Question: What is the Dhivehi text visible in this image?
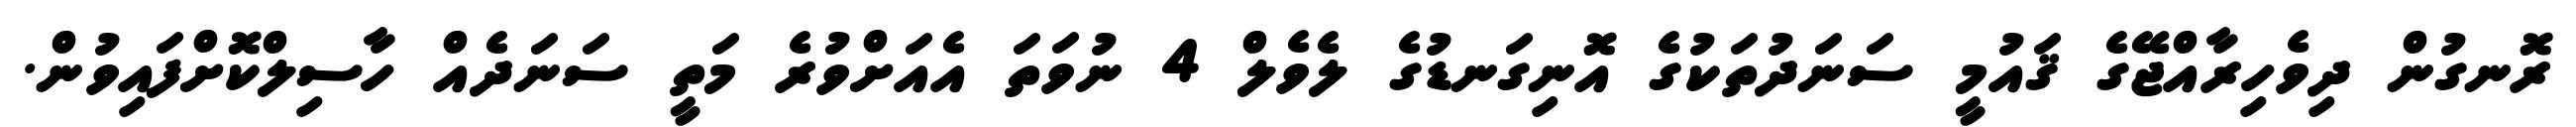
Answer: ރޮނގުން ދިވެހިރާއްޖޭގެ ޤައުމީ ސަނަދުތަކުގެ އޮނިގަނޑުގެ ލެވެލް 4 ނުވަތަ އެއަށްވުރެ މަތީ ސަނަދެއް ހާސިލްކޮށްފައިވުން.